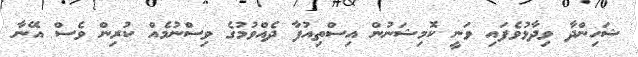
ޝަހިންދާ ވިދާޅުވެފައި ވަނީ ކޮމިޝަނުން އިސްތިއުފާ ދެއްވުމުގެ ވިސްނުމެއް ކުރިން ވެސް އޭނާ